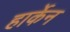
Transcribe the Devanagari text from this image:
हार्केन